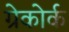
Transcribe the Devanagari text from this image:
ग्रेकोर्क